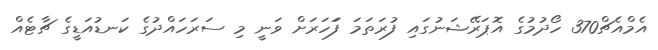
އެމްއެޗް370 ހޯދުމުގެ އޮޕަރޭޝަނުގައި ފުރަަތަމަ ފަަހަރަށް ވަނީ މި ސަރަހައްދުގެ ކަނޑުއަޑީގެ ޗާޓެއް